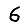
Digit: 6